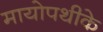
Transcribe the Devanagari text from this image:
मायोपथीके